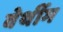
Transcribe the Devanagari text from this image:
वेर्थीम